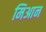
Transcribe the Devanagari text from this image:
मिआन